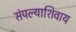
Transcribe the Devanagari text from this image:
संपल्याशिवाय